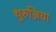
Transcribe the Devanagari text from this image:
थुरुञ्जिया